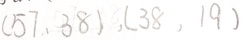
( 5 7 , 3 8 ) , ( 3 8 , 1 9 )